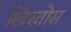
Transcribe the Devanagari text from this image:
ख्रिस्तोस